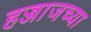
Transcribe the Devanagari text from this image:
हज्जाजच्या